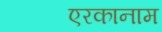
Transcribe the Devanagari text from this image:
एरकानाम